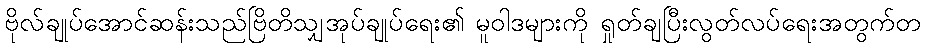
ဗိုလ်ချုပ်အောင်ဆန်းသည်ဗြိတိသျှအုပ်ချုပ်ရေး၏ မူဝါဒများကို ရှုတ်ချပြီးလွတ်လပ်ရေးအတွက်တ